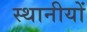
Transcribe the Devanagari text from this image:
स्थानीयों